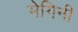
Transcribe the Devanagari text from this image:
मेगिनी